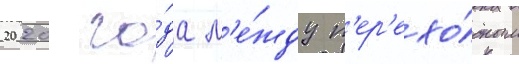
2020 го́да м'е́жду п'ер'ехо́дным